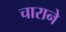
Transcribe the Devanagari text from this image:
चाराने